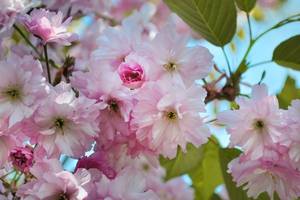
西园何限相思树，辛苦梅花候海棠。